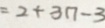
= 2 + 3 n - 3